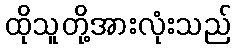
ထိုသူတို့အားလုံးသည်